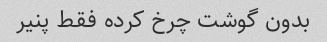
بدون گوشت چرخ کرده فقط پنیر